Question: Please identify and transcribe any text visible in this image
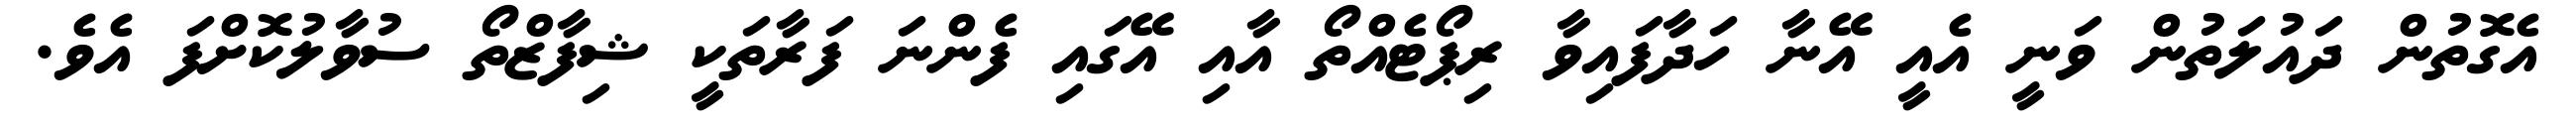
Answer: އެގޮތުން ދައުލަތުން ވަނީ އެއީ އޭނާ ހަދާފައިވާ ރިޕޯޓެއްތޯ އާއި އޭގައި ފެންނަ ފަރާތަކީ ޝިފާޒްތޯ ސުވާލުކޮށްފަ އެވެ.